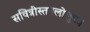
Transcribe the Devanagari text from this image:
सवित्रीस्तनलोलुपः।